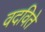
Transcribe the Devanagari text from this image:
वदविते